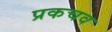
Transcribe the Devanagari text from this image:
प्रकचव